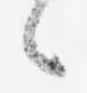
候